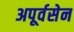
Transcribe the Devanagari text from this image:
अपूर्वसेन